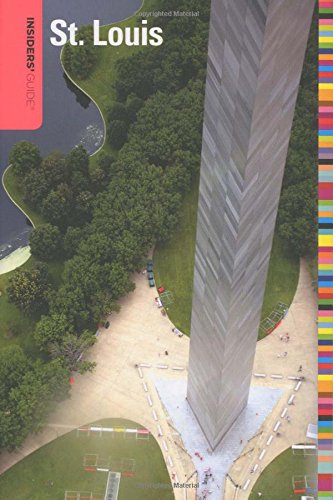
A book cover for Insiders' GuideÂ® to St. Louis (Insiders' Guide Series); Dawne Massey; Travel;